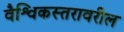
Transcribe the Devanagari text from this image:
वैश्विकस्तरावरील